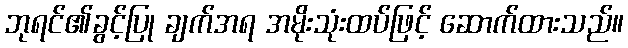
ဘုရင်၏ခွင့်ပြု ချက်အရ အမိုးသုံးထပ်ဖြင့် ဆောက်ထားသည်။